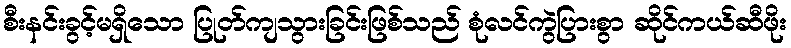
စီးနင်းခွင့်မရှိသော ပြုတ်ကျသွားခြင်းဖြစ်သည် စုံလင်ကွဲပြားစွာ ဆိုင်ကယ်ဆီဖိုး